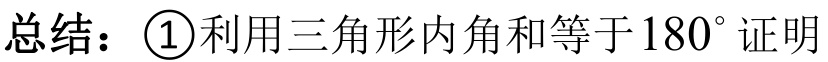
总结：\textcircled{1}利用三角形内角和等于\(180^{\circ}\)证明